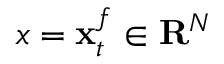
x = \mathbf { x } _ { t } ^ { f } \in \mathbf { R } ^ { N }